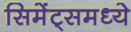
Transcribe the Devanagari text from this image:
सिमेंट्समध्ये